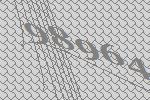
98964